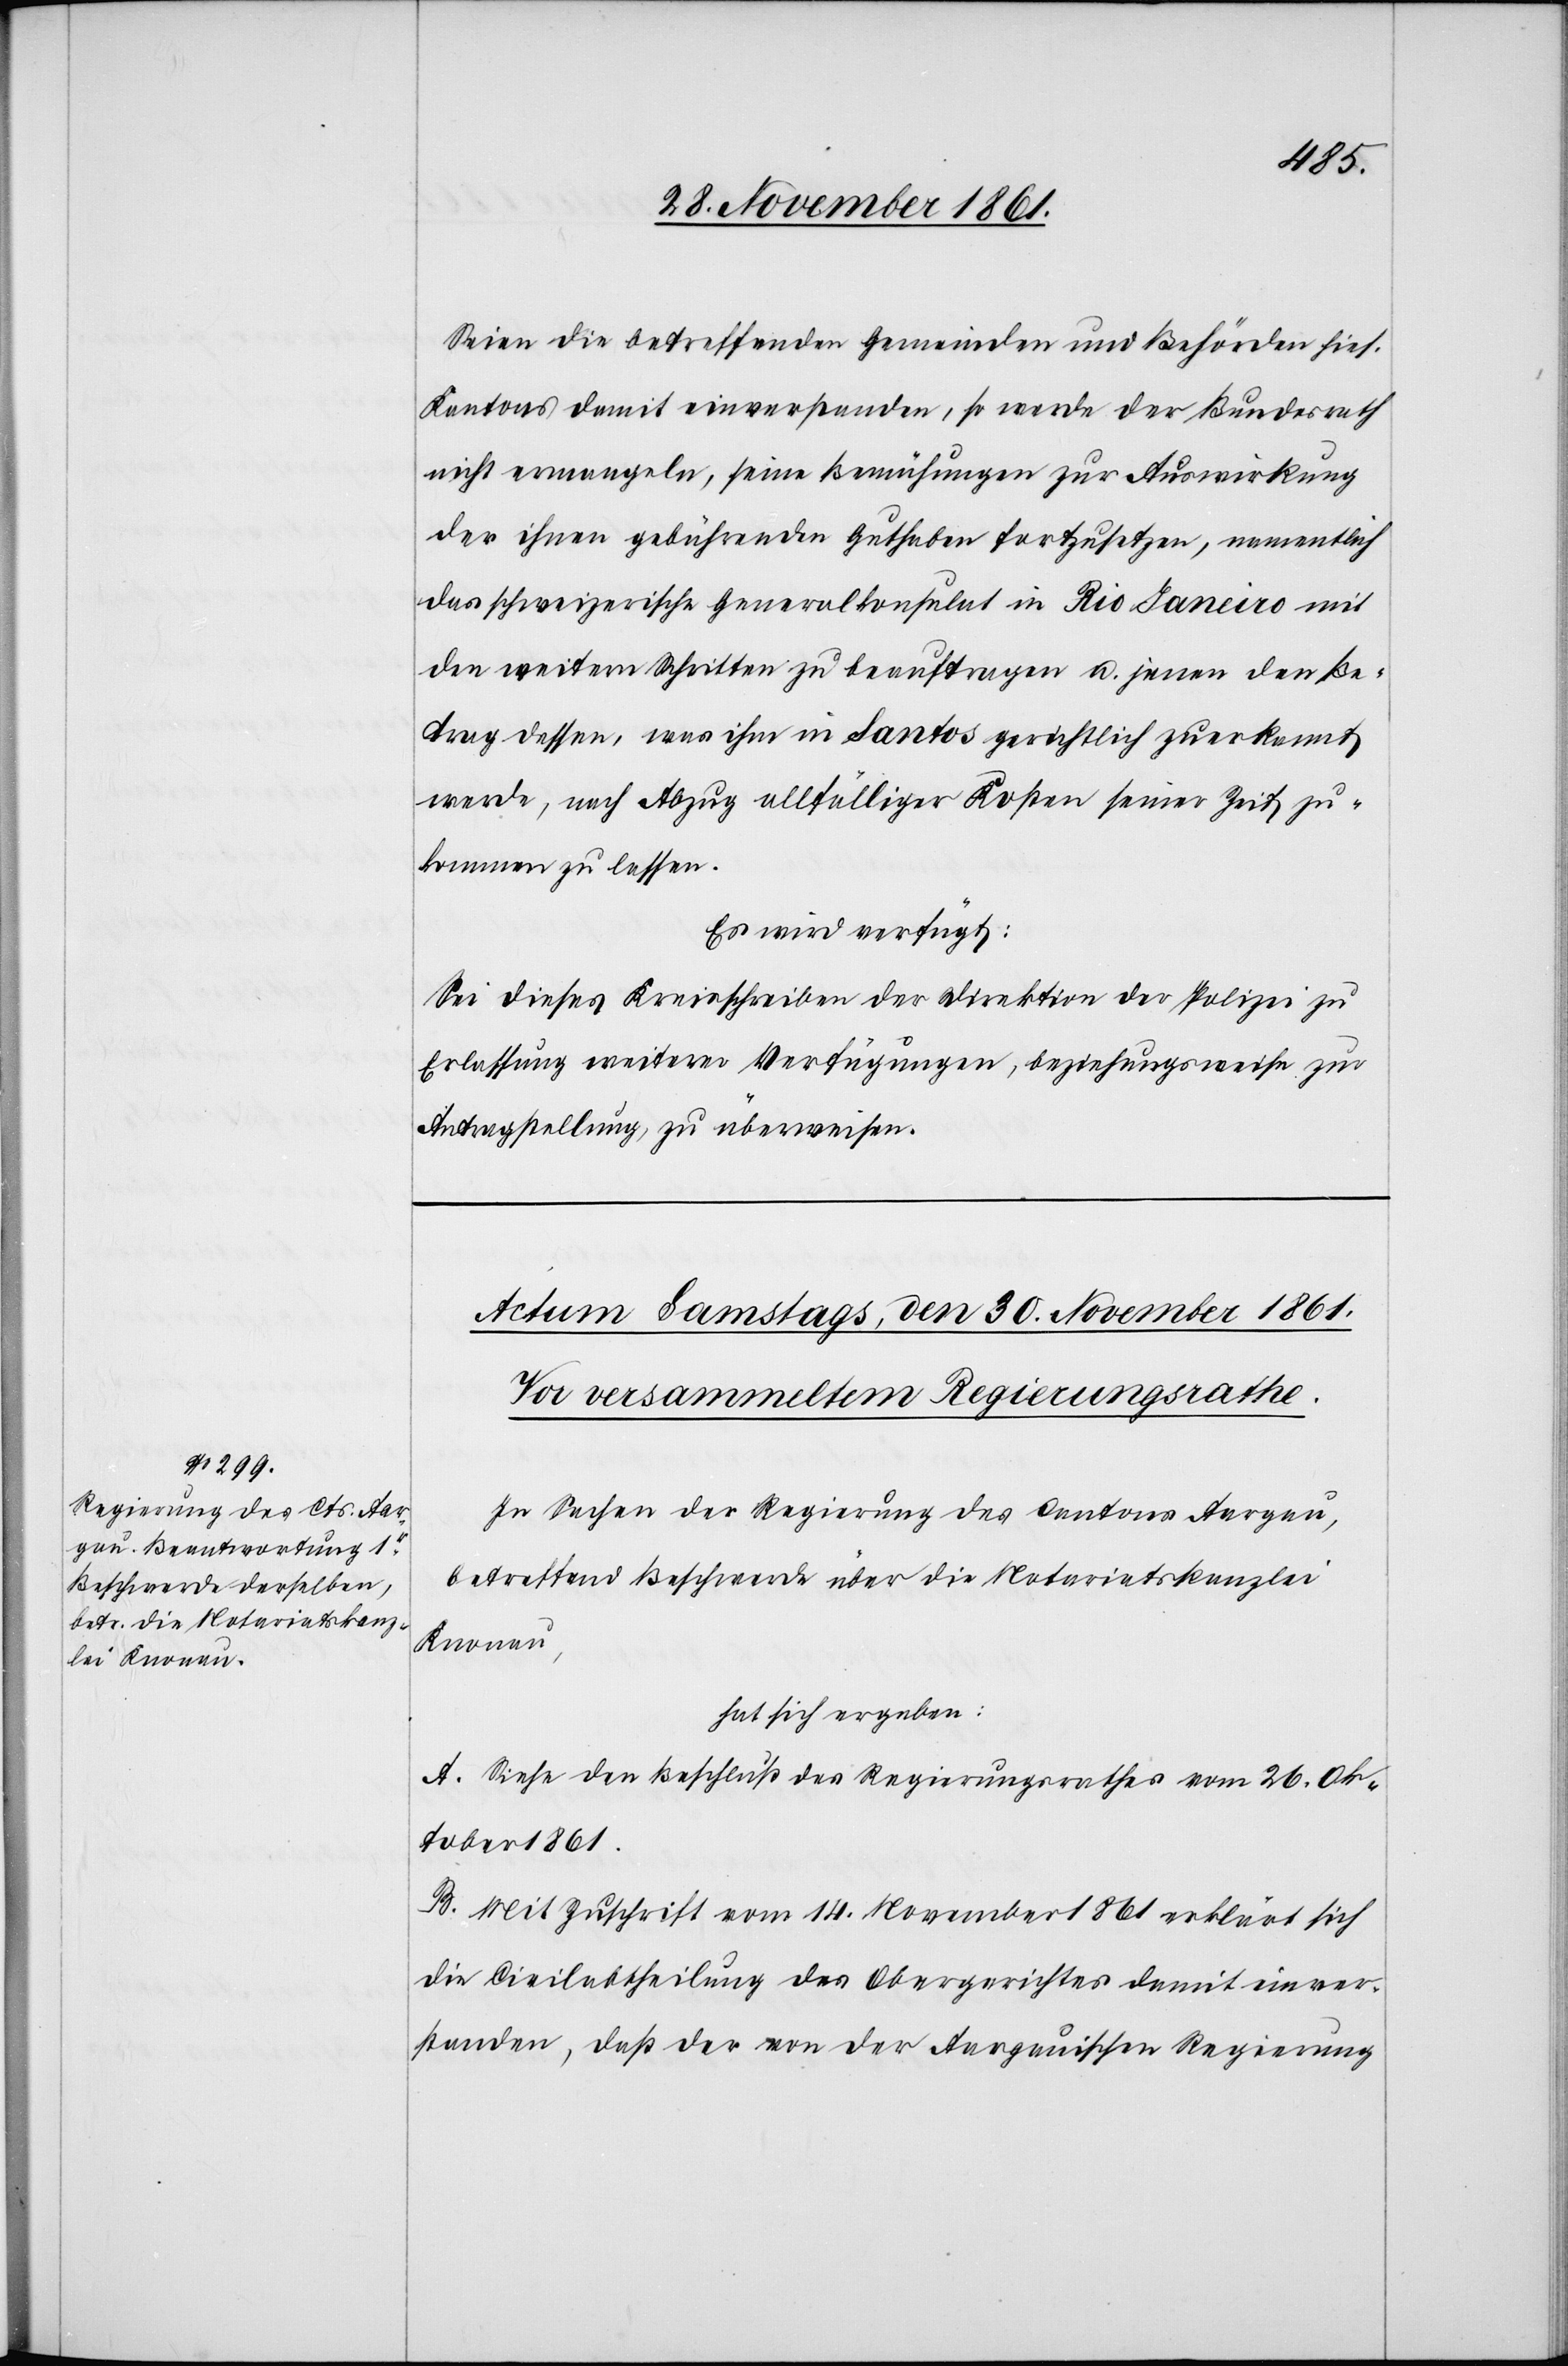
Seien die betreffenden Gemeinden und Behörden hies.
Kantons damit einverstanden, so werde der Bundesrath
nicht ermangeln, seine Bemühungen zur Auswirkung
der ihnen gebührenden Guthaben fortzusetzen, namentlich
das schweizerische Generalkonsulat in Rio [de] Janeiro mit
den weitern Schritten zu beauftragen u. jenen den Be¬
trag dessen, was ihm [sic!] in Santos gerichtlich zuerkannt
werde, nach Abzug allfälliger Kosten seiner Zeit zu¬
kommen zu lassen.
Es wird verfügt:
Sei dieses Kreisschreiben der Direktion der Polizei zu
Erlassung weiterer Verfügungen, beziehungsweise zur
Antragstellung zu überweisen.
In Sachen der Regierung des Cantons Aargau,
betreffend Beschwerde über die Notariatskanzlei
Knonau,
hat sich ergeben:
A. Siehe den Beschluß des Regierungsrathes vom 26 Ok¬
tober 1861.
B. Mit Zuschrift vom 14 November 1861 erklärt sich
die Civilabtheilung des Obergerichtes damit einver¬
standen, daß der von der Aargauischen Regierung